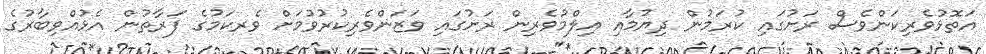
އަތޮޅުވެރިކަންވެސް ރަށުގައި ކުރަމުން ދިޔުމާއި އިލްމުވެރިން ރަށުގައި ވަޒަންވެރިކުރުވުމަށް ވެރކަމުގެ ފަރާތުން އެޅުއްވިބާރުގެ